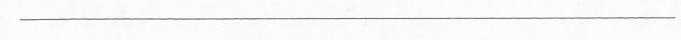
___